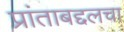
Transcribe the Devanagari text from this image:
प्रांताबद्दलचा